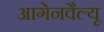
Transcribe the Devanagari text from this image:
आगेनवैल्यू